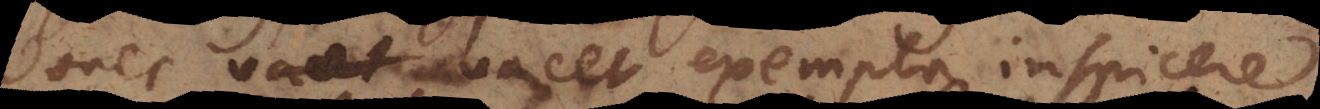
donec vacet exempla inspicere.